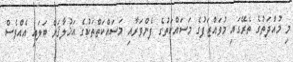
މި މުއްދަތުގެ ތެރޭގައި މުވައްޒަފުގެ މަސައްކަތުގެ ފެންވަރާއި މަސައްކަތްތަކުގެ އަޚުލާޤަށް ބަލައި އެއްވެސް